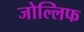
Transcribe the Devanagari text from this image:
जोल्लिफ